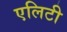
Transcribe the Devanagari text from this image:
एलिटी